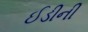
ઈડીની